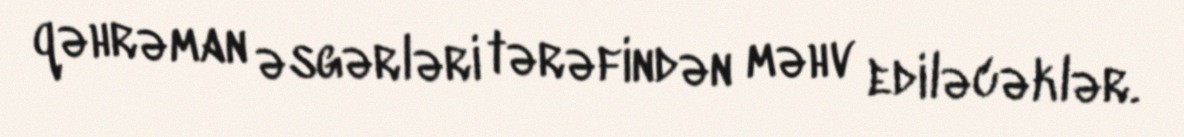
qəhrəman əsgərləri tərəfindən məhv ediləcəklər.